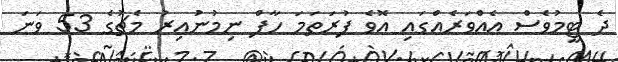
ދެ ޓީމުވެސް އެއްވަރެއްގައި އޮވެ ފުރަތަމަ ހާފް ނިމުނުއިރު މެޗުގެ 53 ވަނަ